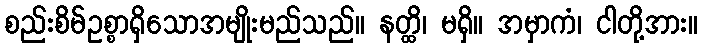
စည်းစိမ်ဥစ္စာရှိသောအမျိုးမည်သည်။ နတ္ထိ၊ မရှိ။ အမှာကံ၊ ငါတို့အား။